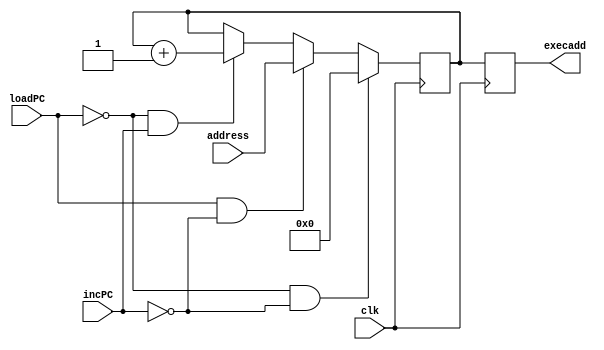
module PC(clk, loadPC, incPC, address, execadd);
input clk;
input loadPC;
input incPC;
input [11:0] address;
output [11:0] execadd;

reg [11:0] execadd;

reg [11:0] temp;

always@( posedge clk)
begin
	if ( loadPC == 0 && incPC == 0 ) begin
	temp <= 12'h000;
	end
	else if (loadPC == 1 && incPC == 0 ) begin
	temp <= address;
	end
	else if (loadPC == 0 && incPC == 1 ) begin
	temp <= temp + 12'h001;
	end
	else 
	begin
	temp <= temp;
	end
	execadd <= temp;
end
endmodule